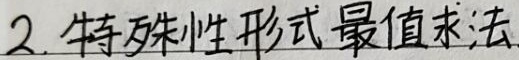
2. 特殊性形式最值求法